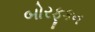
બોરફૂકન